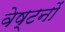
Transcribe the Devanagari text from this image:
वेष्टनों